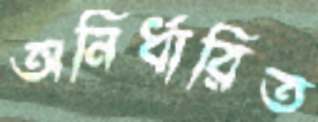
অনির্ধারিত